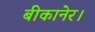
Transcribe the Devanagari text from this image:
बीकानेर।